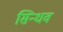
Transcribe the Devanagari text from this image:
सिन्धव